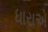
ધારાએ